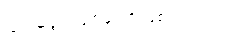
ထပ်မံဖွင့်လှစ်ခဲ့တာဖြစ်ပါတယ်။